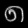
Digit: ၈